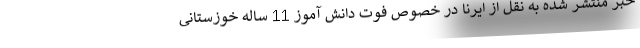
خبر منتشر شده به نقل از ایرنا در خصوص فوت دانش آموز 11 ساله خوزستانی